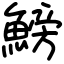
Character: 鰟